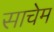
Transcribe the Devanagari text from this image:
साचेम